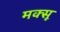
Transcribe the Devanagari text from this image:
मक्सू